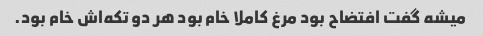
میشه گفت افتضاح بود مرغ کاملا خام بود هر دو تکه‌اش خام بود.